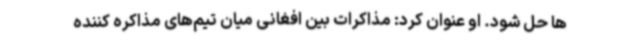
ها حل شود. او عنوان کرد: مذاکرات بین افغانی میان تیم‌های مذاکره کننده‌